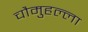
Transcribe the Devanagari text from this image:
चौमुहल्ला